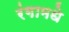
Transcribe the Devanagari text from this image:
रंगामधे